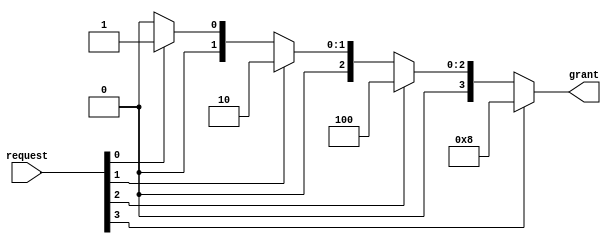
//************************************************
// Version      : v1.0
// Target Device: PANGO PGL50H
// Function     : 
//************************************************

module arbiter(
    input   wire    [3:0]   request     , // [HDMI, CAMERA]
    
    output  reg     [3:0]   grant       
);
/**************************process***************************/
// 
always@(*)
begin
    case(1'b1)
        request[3]:
            grant = 4'b1000;
        request[2]:
            grant = 4'b0100;
        request[1]:
            grant = 4'b0010;
        request[0]:
            grant = 4'b0001;
        default:
            grant = 4'b0000;
    endcase
end

endmodule